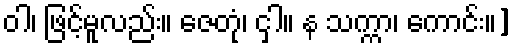
ဝါ၊ ဖြင့်မူလည်း။ ဇေတုံ၊ ငှါ။ န သက္ကာ၊ ကောင်း။]